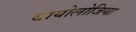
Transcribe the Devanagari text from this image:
बायोलोजिया